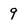
Character: 9